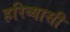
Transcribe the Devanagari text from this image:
हरिव्यासी